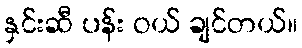
နှင်းဆီ ပန်း ဝယ် ချင်တယ်။